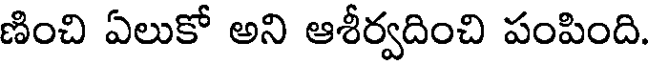
ణించి ఏలుకో అని ఆశీర్వదించి పంపింది.